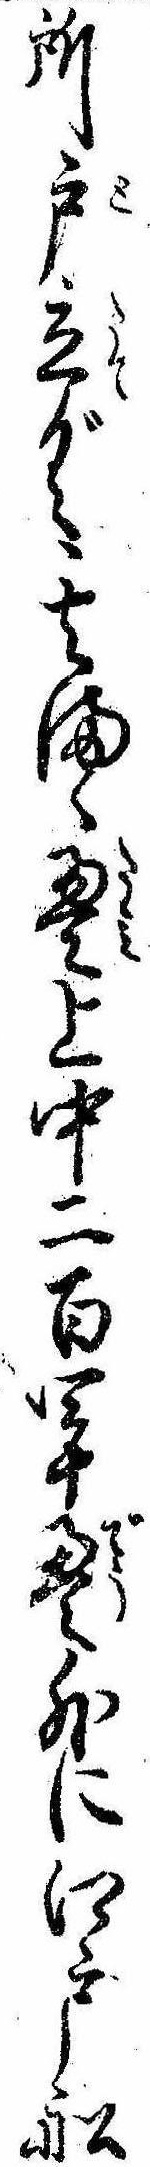
所戸立ぐ其まゝ畳上中二百四十畳外に江戸船